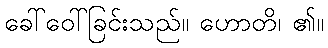
ခေါ်ဝေါ်ခြင်းသည်။ ဟောတိ၊ ၏။